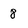
Character: 8